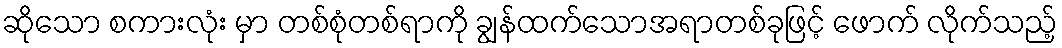
ဆိုသော စကားလုံး မှာ တစ်စုံတစ်ရာကို ချွန်ထက်သောအရာတစ်ခုဖြင့် ဖောက် လိုက်သည့်